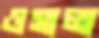
ওসালা